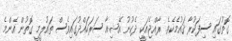
ގޮތުގައި ސިފަކުރާ ޤައުމެކެވެ. ރާއްޖެއަކީ ދެކުނު އޭޝިއާ ސަރަހައްދުގައިވެސް ތައުލީމީ ގޮތުން އެންމެ